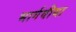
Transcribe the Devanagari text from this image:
भार्गवीया